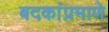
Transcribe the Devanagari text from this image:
बदकांप्रमाणे